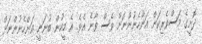
ދޮށީގެ މަސްވެރިކަން އަންހެނުންނަށް ވެސް ވާނެ އެވެ. އެ މީހުން ބުނަނީ އަންހެނުންނަށް